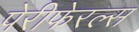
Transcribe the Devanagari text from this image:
पेरीफेरल्स